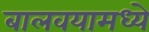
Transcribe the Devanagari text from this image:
बालवयामध्ये